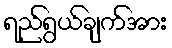
ရည်ရွယ်ချက်အား